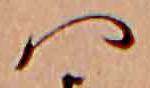
ハ